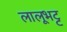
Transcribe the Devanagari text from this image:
लालूभट्ट